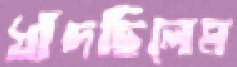
ধাঁদছিলেম